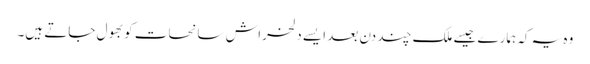
وہ یہ کہ ہمارے جیسے ملک چند دن بعد ایسے دلخراش سانحات کو بھول جاتے ہیں۔